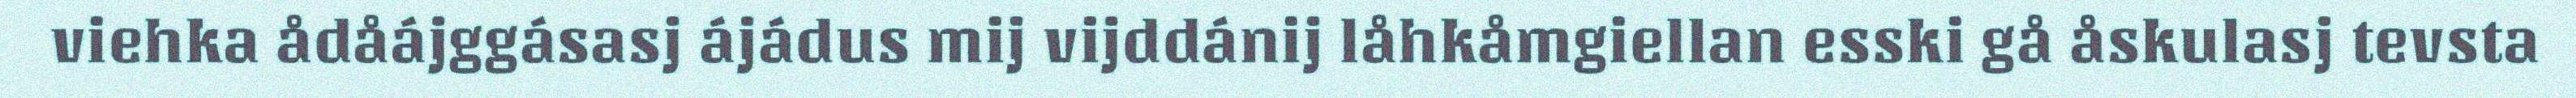
viehka ådåájggásasj ájádus mij vijddánij låhkåmgiellan esski gå åskulasj tevsta